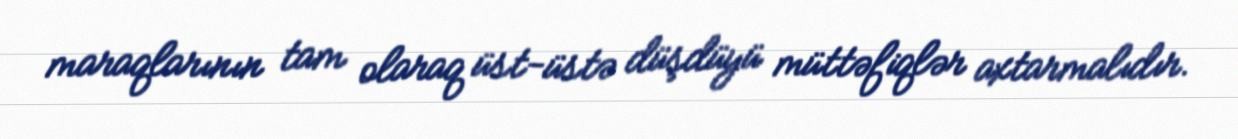
maraqlarının tam olaraq üst-üstə düşdüyü müttəfiqlər axtarmalıdır.